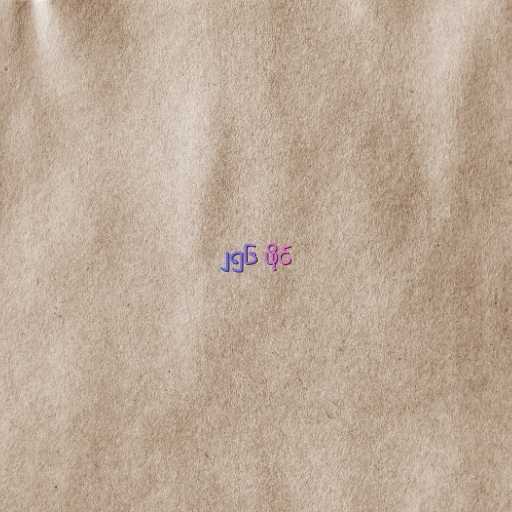
၂၅၆ ဖိုင်